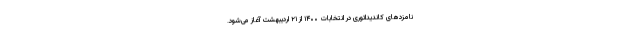
نامزدهای کاندیداتوری در انتخابات ۱۴۰۰ از ۲۱ اردیبهشت آغاز می‌شود.